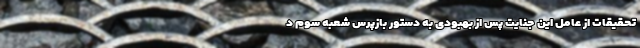
تحقیقات از عامل این جنایت پس از بهبودی به دستور بازپرس شعبه سوم د